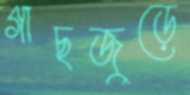
গাছজুড়ে